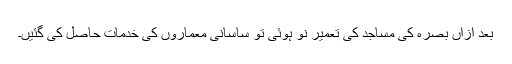
بعد ازاں بصرہ کی مساجد کی تعمیر نو ہوئی تو ساسانی معماروں کی خدمات حاصل کی گئیں۔